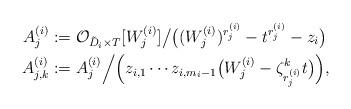
LaTeX: \begin{align*} A^{(i)}_j &:= {\mathcal O}_{\tilde{D}_i\times T}[W^{(i)}_j] \big/ \big( (W^{(i)}_j)^{r^{(i)}_j}-t^{r^{(i)}_j}-z_i \big) \\ A^{(i)}_{j,k} &:=A^{(i)}_j\Big/\Big( z_{i,1}\cdots z_{i,m_i-1}\big(W^{(i)}_j-\zeta_{r^{(i)}_j}^k t\big) \Big),\end{align*}